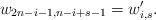
LaTeX: \begin{align*} w_{2n-i-1,n-i+s-1}=w_{i,s}'.\end{align*}